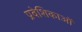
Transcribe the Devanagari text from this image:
प्रवेशिकाओं